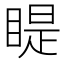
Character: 睼